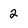
Character: 2